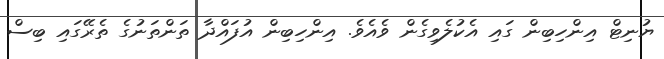
ޔުނިޓް އިންހިބިން ގައި އެކުލެވިގެން ވެއެވެ. އިންހިބިން އުފައްދާ ތަންތަނުގެ ތެރޭގައި ބިސް